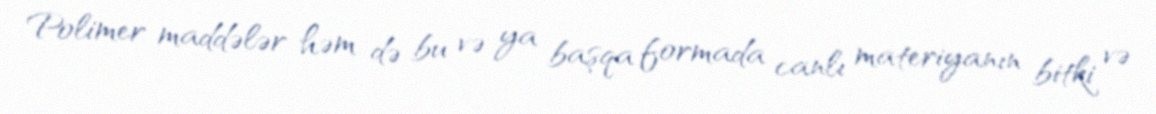
Polimer maddələr həm də bu və ya başqa formada canlı materiyanın bitki və